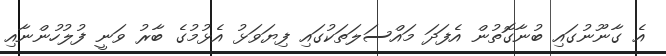
އެ ގާނޫނުގައި ބުނާގޮތުން އެފަދަ މައްސަލަތަކުގައި ފިޔަވަޅު އެޅުމުގެ ބާރު ވަނީ ފުލުހުންނާއި